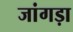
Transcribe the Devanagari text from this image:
जांगड़ा